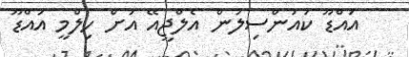
އައްޑޫ ކައުންސިލުން އެލްޖީއޭ އަށް ހިލްމީ އައްޑޫ